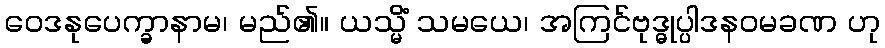
ဝေဒနုပေက္ခာနာမ၊ မည်၏။ ယသ္မိံ သမယေ၊ အကြင်ဗုဒ္ဓုပ္ပါဒနဝမခဏ ဟု